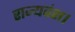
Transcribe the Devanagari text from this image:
राज्यवंश।